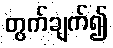
တွက်ချက်၍